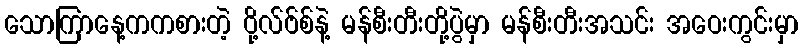
သောကြာနေ့ကကစားတဲ့ ဝို့လ်ဗ်စ်နဲ့ မန်စီးတီးတို့ပွဲမှာ မန်စီးတီးအသင်း အဝေးကွင်းမှာ